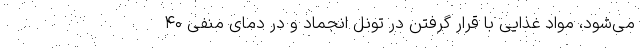
می‌شود، مواد غذایی با قرار گرفتن در تونل انجماد و در دمای منفی ۴۰